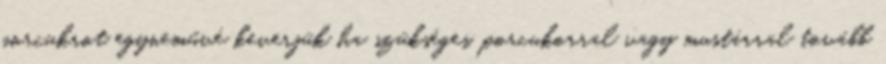
porcukrot egyneművé keverjük ha szükséges, porcukorral vagy mustárral tovább